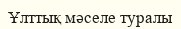
Ұлттық мәселе туралы